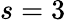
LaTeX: s=3